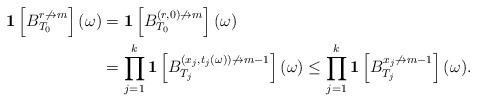
LaTeX: \begin{align*}\mathbf{1}\left[{B_{T_0}^{r\not \to m}}\right](\omega)&=\mathbf{1}\left[{B_{T_0}^{(r,0)\not\to m}}\right](\omega) \\&= \prod_{j=1}^k \mathbf{1}\left[{B_{T_j}^{(x_j,t_j(\omega))\not\to m-1}}\right](\omega) \leq \prod_{j=1}^k \mathbf{1}\left[{B_{T_j}^{x_j \not \to m-1}}\right](\omega).\end{align*}